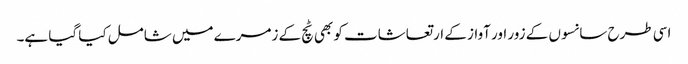
اسی طرح سانسوں کے زور اور آواز کے ارتعاشات کو بھی ٹچ کے زمرے میں شامل کیا گیا ہے۔